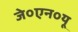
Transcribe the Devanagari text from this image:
जे०एन०यू